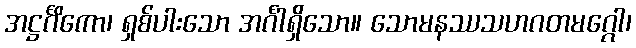
အဋ္ဌင်္ဂိကော၊ ရှစ်ပါးသော အင်္ဂါရှိသော။ သောမနဿသဟဂတမဂ္ဂေါ၊